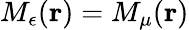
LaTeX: M_{\epsilon}({\mathbf r})=M_{\mu}({\mathbf r})